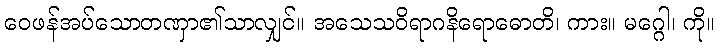
ဝေဖန်အပ်သောတဏှာ၏သာလျှင်။ အသေသဝိရာဂနိရောဓောတိ၊ ကား။ မဂ္ဂေါ၊ ကို။